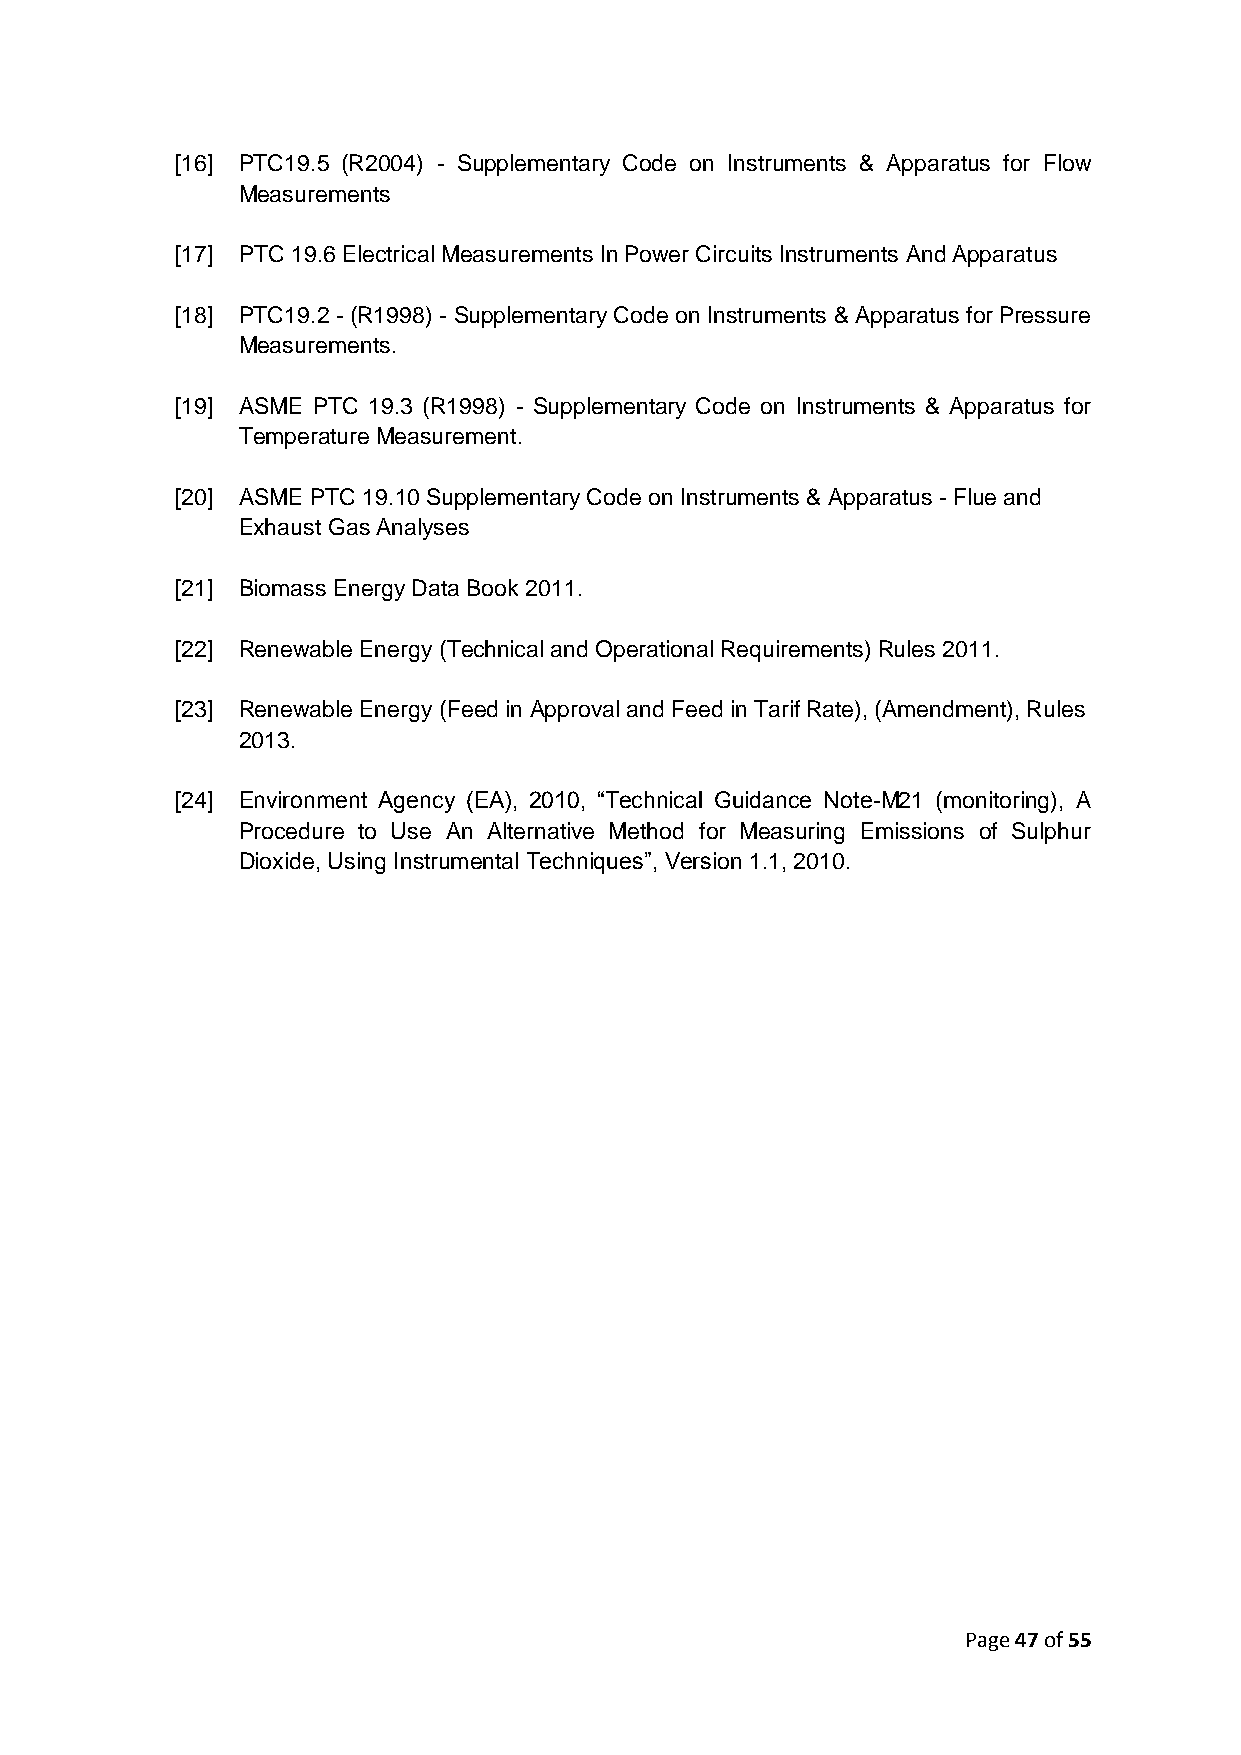
[16] PTC19.5 (R2004) - Supplementary Code on Instruments & Apparatus for Flow
 Measurements
 [17] PTC 19.6 Electrical Measurements In Power Circuits Instruments And Apparatus
 [18] PTC19.2 - (R1998) - Supplementary Code on Instruments & Apparatus for Pressure
 Measurements.
 [19] ASME PTC 19.3 (R1998) - Supplementary Code on Instruments & Apparatus for
 Temperature Measurement.
 [20] ASME PTC 19.10 Supplementary Code on Instruments & Apparatus - Flue and
 Exhaust Gas Analyses
 [21] Biomass Energy Data Book 2011.
 [22] Renewable Energy (Technical and Operational Requirements) Rules 2011.
 [23] Renewable Energy (Feed in Approval and Feed in Tarif Rate), (Amendment), Rules
 2013.
 [24] Environment Agency (EA), 2010, “Technical Guidance Note-M21 (monitoring), A
 Procedure to Use An Alternative Method for Measuring Emissions of Sulphur
 Dioxide, Using Instrumental Techniques”, Version 1.1, 2010.
 Page 47 of 55